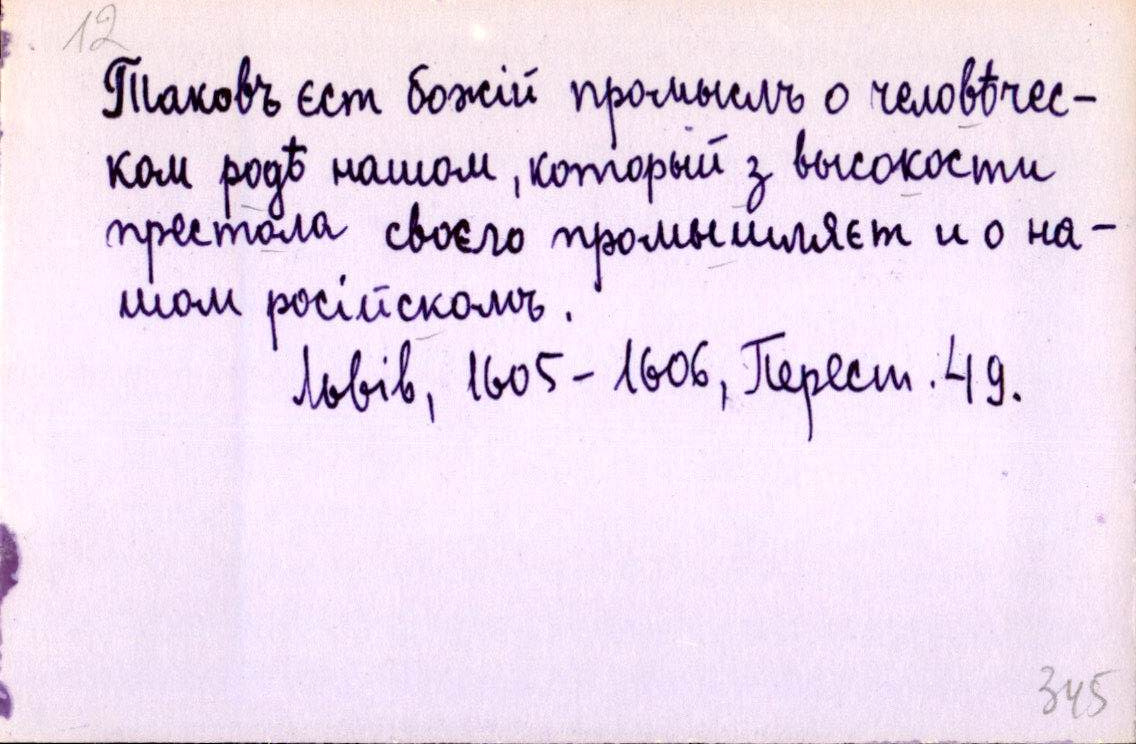
Таковъ єст божій промыслъ о человѣчес-
ком родѣ нашом, который з высокости
престола своєго промышляєт и о на-
шом російскомъ.
Львів, 1605-1606, Перест. 49.